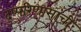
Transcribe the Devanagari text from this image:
दुष्परिणामांची